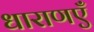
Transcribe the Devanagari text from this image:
धाराणएँ